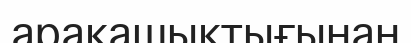
арақашықтығынан